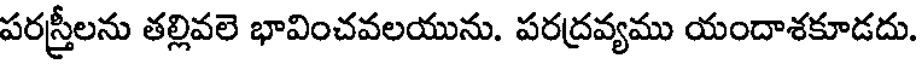
పరస్త్రీలను తల్లివలె భావించవలయును. పరద్రవ్యము యందాశకూడదు.